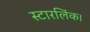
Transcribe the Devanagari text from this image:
स्टारलिंक।